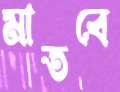
মাতবে